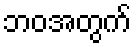
ဘဝအတွက်